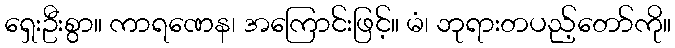
ရှေးဦးစွာ။ ကာရဏေန၊ အကြောင်းဖြင့်။ မံ၊ ဘုရားတပည့်တော်ကို။